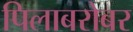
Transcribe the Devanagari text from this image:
पिलाबरोबर